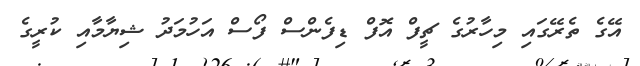
އޭގެ ތެރޭގައި މިހާރުގެ ޗީފް އޮފް ޑިފެންސް ފޯސް އަހުމަދު ޝިޔާމާއި ކުރީގެ